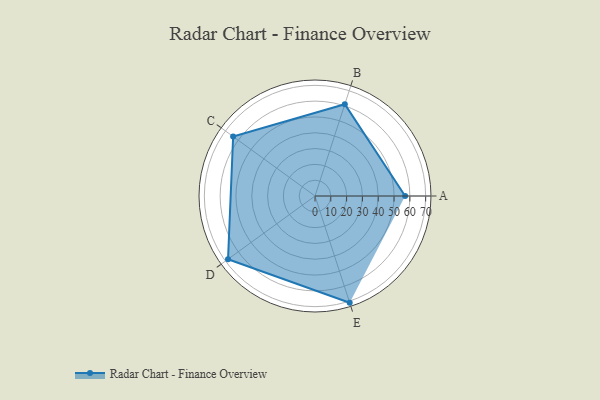
{"axis": {"x": "Skill", "y": "Score"}, "legend": ["Profile"], "data": [{"x": "A", "y": 57.0, "type": "Profile"}, {"x": "B", "y": 61.0, "type": "Profile"}, {"x": "C", "y": 64.0, "type": "Profile"}, {"x": "D", "y": 68.0, "type": "Profile"}, {"x": "E", "y": 71.0, "type": "Profile"}]}